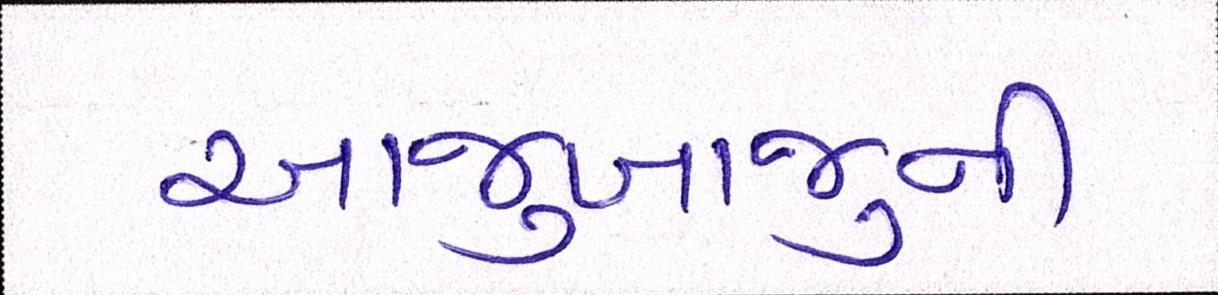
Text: આજુબાજુની